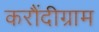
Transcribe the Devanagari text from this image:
करौंदीग्राम